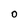
Character: O